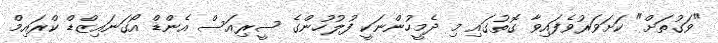
"ވަގުތަށް" ކަށަވަރުވެފައިވާ ގޮތުގައި މި ދެމީހުންނަކީ ފުލުހުންގެ ސީރިއަސް އެންޑް އޯގަނައިޒްޑް ކްރައިމް